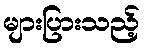
များပြားသည့်